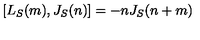
[ L _ { S } ( m ) , J _ { S } ( n ) ] = - n J _ { S } ( n + m )